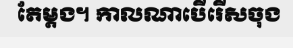
តែម្តង។ កាលណាបើរើសចុង